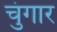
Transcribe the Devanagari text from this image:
चुंगार